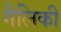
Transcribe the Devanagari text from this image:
गैलिकी